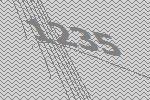
1235